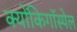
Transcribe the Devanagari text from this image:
क्योंकिगॉस्पेल